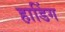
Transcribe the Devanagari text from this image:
हाडिंग